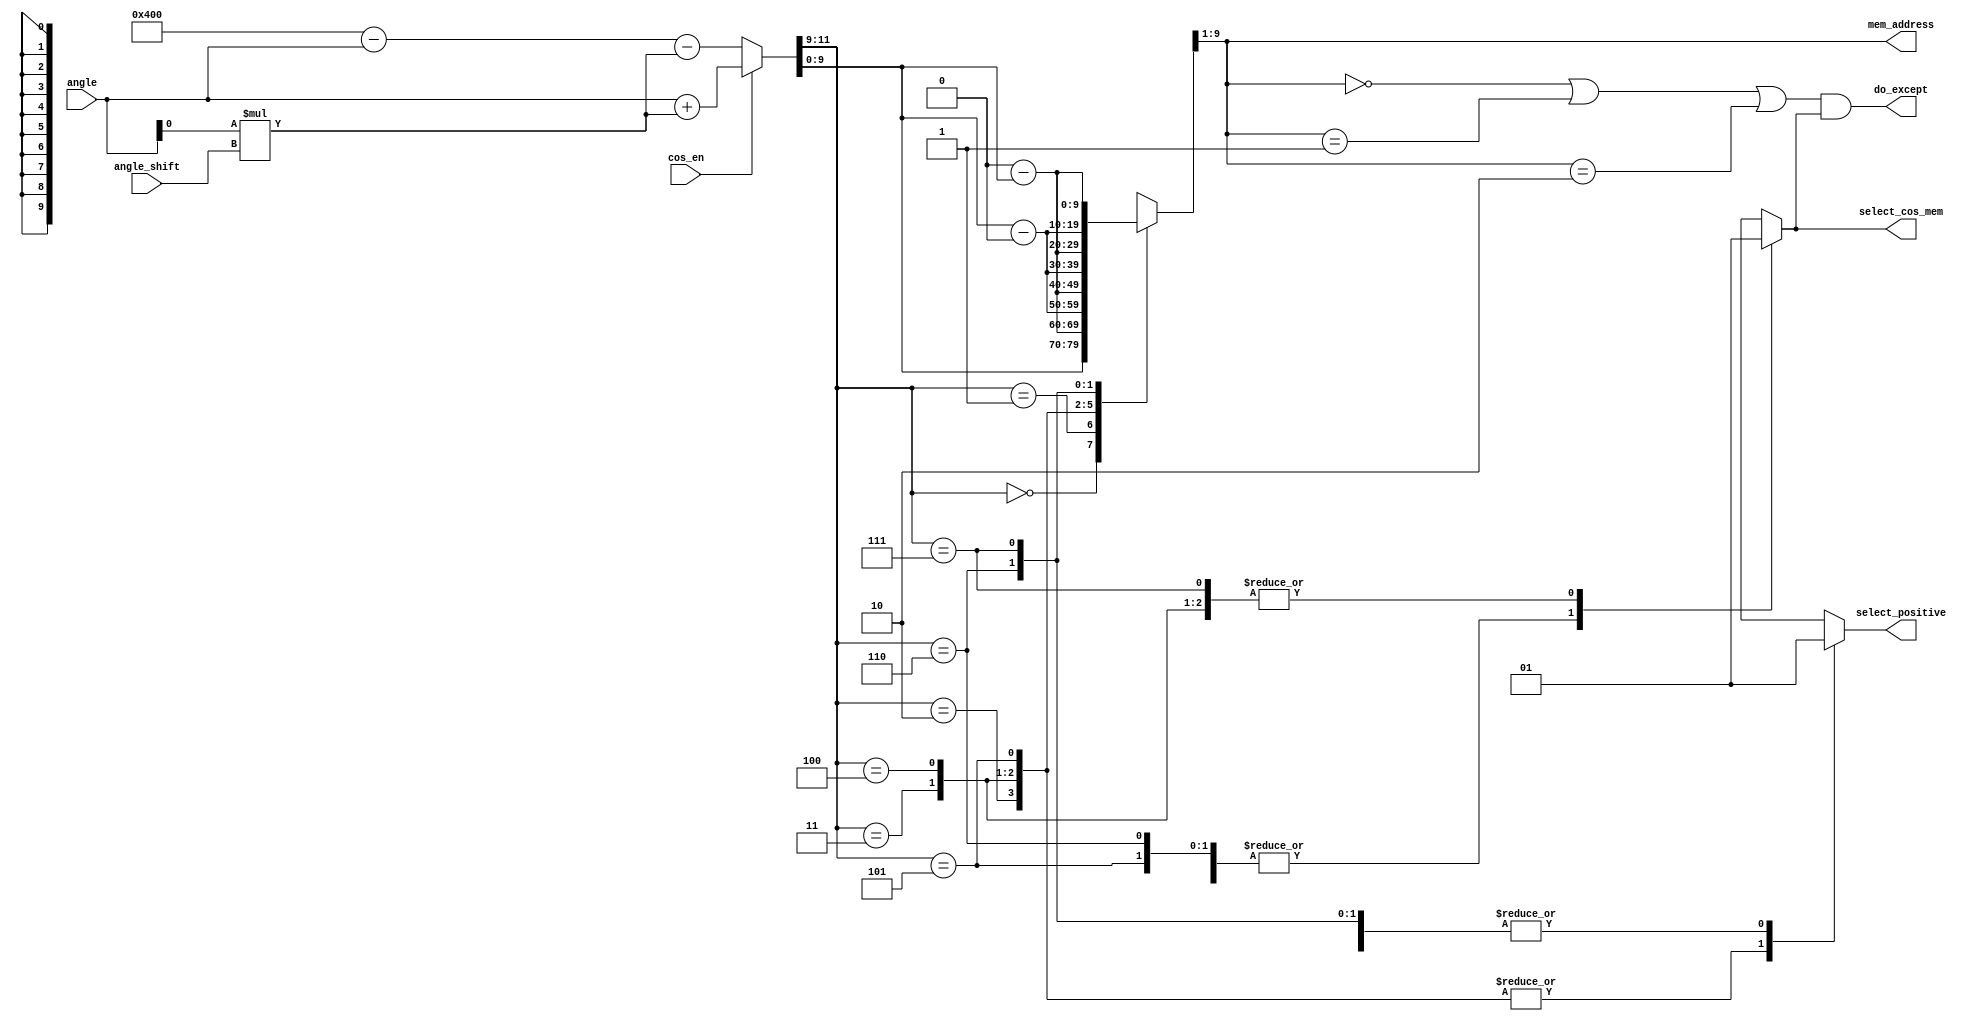
//cos function lookup table
//full precision and [0 .. 45) degrees
`timescale 1ns/10ps

module addr_selector(
    input [11:0] angle,
    input angle_shift,
    input cos_en,
    output reg [8:0] mem_address,
    output reg do_except,
    output reg select_cos_mem,
    output reg select_positive
);

//logic variables
reg [11:0] angle_output, angle_mem_full;

always @(angle or cos_en) begin
    //cos/sin selection for output
    if (cos_en == 1'b1)
        //compute cos(angle)
        angle_output = angle + angle[0]*angle_shift;
    else
        //compute sin(angle) = cos (pi/2 - angle)
        angle_output = 11'b100_0000_0000 - angle - angle[0]*angle_shift;

    //choose cos/sin mem bank
    case (angle_output[11:9])
        3'b000: begin //0 - 45
            angle_mem_full = angle_output;
            select_cos_mem = 1'b1;
            select_positive = 1'b1;
        end
        3'b001: begin //45 - 90
            angle_mem_full = 12'h400 - angle_output;
            select_cos_mem = 1'b0;
            select_positive = 1'b1;
        end
        3'b010: begin //90 - 135
            angle_mem_full = angle_output[9:0] - 12'h400;
            select_cos_mem = 1'b0;
            select_positive = 1'b0;
        end
        3'b011: begin //135 - 180
            angle_mem_full = 12'h800 - angle_output;
            select_cos_mem = 1'b1;
            select_positive = 1'b0;
        end
        3'b100: begin //180 - 225
            angle_mem_full = angle_output - 12'h800;
            select_cos_mem = 1'b1;
            select_positive = 1'b0;
        end
        3'b101: begin //225 - 270
            angle_mem_full = 12'hC00 - angle_output;
            select_cos_mem = 1'b0;
            select_positive = 1'b0;
        end
        3'b110: begin //270 - 315
            angle_mem_full = angle_output - 12'hC00;
            select_cos_mem = 1'b0;
            select_positive = 1'b1;
        end
        3'b111: begin //315 - 360
            angle_mem_full = 13'h1000 - angle_output;
            select_cos_mem = 1'b1;
            select_positive = 1'b1;
        end
    endcase

    //exception (when need to return +1.0)
    mem_address = angle_mem_full[9:1];
    do_except = (mem_address == 10'b00_0000_0000);
    do_except = do_except || (mem_address == 10'b00_0000_0001);
    do_except = do_except || (mem_address == 10'b00_0000_0010);
    //except only work for cos bank near angle 0
    do_except = do_except & select_cos_mem;
end

endmodule

//////////////////////////////////////////////////////////////////

module cos(
    input cos_en,
    input [11:0] angle,
    output reg [15:0] result
);

reg [15:0] result0, result1;
reg [16:0] result2x;
reg [14:0] cos_mem [256:0];
reg [14:0] sin_mem [256:0];

reg [14:0] mem_val0, mem_val1;
wire [8:0] mem_adr0, mem_adr1;
wire select_cos_mem0, select_cos_mem1, select_positive0, select_positive1, except0, except1;

initial begin
    //defaults
    result = 16'b0000_0000_0000_0000;
    mem_val0 = 15'b000_0000_0000_0000;
    mem_val1 = 15'b000_0000_0000_0000;
    //load values to memory;
    cos_mem[9'b000000000] = 15'b000000000000000; sin_mem[9'b000000000] = 15'b000000000000000;
    cos_mem[9'b000000001] = 15'b000000000000000; sin_mem[9'b000000001] = 15'b000000000110010;
    cos_mem[9'b000000010] = 15'b000000000000000; sin_mem[9'b000000010] = 15'b000000001100101;
    cos_mem[9'b000000011] = 15'b011111111111111; sin_mem[9'b000000011] = 15'b000000010010111;
    cos_mem[9'b000000100] = 15'b011111111111111; sin_mem[9'b000000100] = 15'b000000011001001;
    cos_mem[9'b000000101] = 15'b011111111111110; sin_mem[9'b000000101] = 15'b000000011111011;
    cos_mem[9'b000000110] = 15'b011111111111101; sin_mem[9'b000000110] = 15'b000000100101110;
    cos_mem[9'b000000111] = 15'b011111111111100; sin_mem[9'b000000111] = 15'b000000101100000;
    cos_mem[9'b000001000] = 15'b011111111111011; sin_mem[9'b000001000] = 15'b000000110010010;
    cos_mem[9'b000001001] = 15'b011111111111010; sin_mem[9'b000001001] = 15'b000000111000100;
    cos_mem[9'b000001010] = 15'b011111111111000; sin_mem[9'b000001010] = 15'b000000111110111;
    cos_mem[9'b000001011] = 15'b011111111110111; sin_mem[9'b000001011] = 15'b000001000101001;
    cos_mem[9'b000001100] = 15'b011111111110101; sin_mem[9'b000001100] = 15'b000001001011011;
    cos_mem[9'b000001101] = 15'b011111111110011; sin_mem[9'b000001101] = 15'b000001010001101;
    cos_mem[9'b000001110] = 15'b011111111110001; sin_mem[9'b000001110] = 15'b000001011000000;
//cut here ----------------------------------------------------------------------------------
    cos_mem[9'b000001111] = 15'b011111111101111; sin_mem[9'b000001111] = 15'b000001011110010;
    cos_mem[9'b000010000] = 15'b011111111101100; sin_mem[9'b000010000] = 15'b000001100100100;
    cos_mem[9'b000010001] = 15'b011111111101010; sin_mem[9'b000010001] = 15'b000001101010110;
    cos_mem[9'b000010010] = 15'b011111111100111; sin_mem[9'b000010010] = 15'b000001110001000;
    cos_mem[9'b000010011] = 15'b011111111100100; sin_mem[9'b000010011] = 15'b000001110111011;
    cos_mem[9'b000010100] = 15'b011111111100001; sin_mem[9'b000010100] = 15'b000001111101101;
    cos_mem[9'b000010101] = 15'b011111111011110; sin_mem[9'b000010101] = 15'b000010000011111;
    cos_mem[9'b000010110] = 15'b011111111011011; sin_mem[9'b000010110] = 15'b000010001010001;
    cos_mem[9'b000010111] = 15'b011111111010111; sin_mem[9'b000010111] = 15'b000010010000011;
    cos_mem[9'b000011000] = 15'b011111111010100; sin_mem[9'b000011000] = 15'b000010010110101;
    cos_mem[9'b000011001] = 15'b011111111010000; sin_mem[9'b000011001] = 15'b000010011100111;
    cos_mem[9'b000011010] = 15'b011111111001100; sin_mem[9'b000011010] = 15'b000010100011010;
    cos_mem[9'b000011011] = 15'b011111111001000; sin_mem[9'b000011011] = 15'b000010101001100;
    cos_mem[9'b000011100] = 15'b011111111000100; sin_mem[9'b000011100] = 15'b000010101111110;
    cos_mem[9'b000011101] = 15'b011111110111111; sin_mem[9'b000011101] = 15'b000010110110000;
    cos_mem[9'b000011110] = 15'b011111110111011; sin_mem[9'b000011110] = 15'b000010111100010;
    cos_mem[9'b000011111] = 15'b011111110110110; sin_mem[9'b000011111] = 15'b000011000010100;
    cos_mem[9'b000100000] = 15'b011111110110001; sin_mem[9'b000100000] = 15'b000011001000110;
    cos_mem[9'b000100001] = 15'b011111110101100; sin_mem[9'b000100001] = 15'b000011001111000;
    cos_mem[9'b000100010] = 15'b011111110100111; sin_mem[9'b000100010] = 15'b000011010101010;
    cos_mem[9'b000100011] = 15'b011111110100010; sin_mem[9'b000100011] = 15'b000011011011100;
    cos_mem[9'b000100100] = 15'b011111110011100; sin_mem[9'b000100100] = 15'b000011100001110;
    cos_mem[9'b000100101] = 15'b011111110010111; sin_mem[9'b000100101] = 15'b000011101000000;
    cos_mem[9'b000100110] = 15'b011111110010001; sin_mem[9'b000100110] = 15'b000011101110010;
    cos_mem[9'b000100111] = 15'b011111110001011; sin_mem[9'b000100111] = 15'b000011110100100;
    cos_mem[9'b000101000] = 15'b011111110000101; sin_mem[9'b000101000] = 15'b000011111010110;
    cos_mem[9'b000101001] = 15'b011111101111111; sin_mem[9'b000101001] = 15'b000100000000111;
    cos_mem[9'b000101010] = 15'b011111101111000; sin_mem[9'b000101010] = 15'b000100000111001;
    cos_mem[9'b000101011] = 15'b011111101110010; sin_mem[9'b000101011] = 15'b000100001101011;
    cos_mem[9'b000101100] = 15'b011111101101011; sin_mem[9'b000101100] = 15'b000100010011101;
    cos_mem[9'b000101101] = 15'b011111101100100; sin_mem[9'b000101101] = 15'b000100011001111;
    cos_mem[9'b000101110] = 15'b011111101011101; sin_mem[9'b000101110] = 15'b000100100000001;
    cos_mem[9'b000101111] = 15'b011111101010110; sin_mem[9'b000101111] = 15'b000100100110010;
    cos_mem[9'b000110000] = 15'b011111101001111; sin_mem[9'b000110000] = 15'b000100101100100;
    cos_mem[9'b000110001] = 15'b011111101000111; sin_mem[9'b000110001] = 15'b000100110010110;
    cos_mem[9'b000110010] = 15'b011111101000000; sin_mem[9'b000110010] = 15'b000100111000111;
    cos_mem[9'b000110011] = 15'b011111100111000; sin_mem[9'b000110011] = 15'b000100111111001;
    cos_mem[9'b000110100] = 15'b011111100110000; sin_mem[9'b000110100] = 15'b000101000101011;
    cos_mem[9'b000110101] = 15'b011111100101000; sin_mem[9'b000110101] = 15'b000101001011100;
    cos_mem[9'b000110110] = 15'b011111100100000; sin_mem[9'b000110110] = 15'b000101010001110;
    cos_mem[9'b000110111] = 15'b011111100010111; sin_mem[9'b000110111] = 15'b000101011000000;
    cos_mem[9'b000111000] = 15'b011111100001111; sin_mem[9'b000111000] = 15'b000101011110001;
    cos_mem[9'b000111001] = 15'b011111100000110; sin_mem[9'b000111001] = 15'b000101100100011;
    cos_mem[9'b000111010] = 15'b011111011111101; sin_mem[9'b000111010] = 15'b000101101010100;
    cos_mem[9'b000111011] = 15'b011111011110100; sin_mem[9'b000111011] = 15'b000101110000101;
    cos_mem[9'b000111100] = 15'b011111011101011; sin_mem[9'b000111100] = 15'b000101110110111;
    cos_mem[9'b000111101] = 15'b011111011100010; sin_mem[9'b000111101] = 15'b000101111101000;
    cos_mem[9'b000111110] = 15'b011111011011000; sin_mem[9'b000111110] = 15'b000110000011010;
    cos_mem[9'b000111111] = 15'b011111011001111; sin_mem[9'b000111111] = 15'b000110001001011;
    cos_mem[9'b001000000] = 15'b011111011000101; sin_mem[9'b001000000] = 15'b000110001111100;
    cos_mem[9'b001000001] = 15'b011111010111011; sin_mem[9'b001000001] = 15'b000110010101110;
    cos_mem[9'b001000010] = 15'b011111010110001; sin_mem[9'b001000010] = 15'b000110011011111;
    cos_mem[9'b001000011] = 15'b011111010100111; sin_mem[9'b001000011] = 15'b000110100010000;
    cos_mem[9'b001000100] = 15'b011111010011101; sin_mem[9'b001000100] = 15'b000110101000001;
    cos_mem[9'b001000101] = 15'b011111010010010; sin_mem[9'b001000101] = 15'b000110101110010;
    cos_mem[9'b001000110] = 15'b011111010001000; sin_mem[9'b001000110] = 15'b000110110100100;
    cos_mem[9'b001000111] = 15'b011111001111101; sin_mem[9'b001000111] = 15'b000110111010101;
    cos_mem[9'b001001000] = 15'b011111001110010; sin_mem[9'b001001000] = 15'b000111000000110;
    cos_mem[9'b001001001] = 15'b011111001100111; sin_mem[9'b001001001] = 15'b000111000110111;
    cos_mem[9'b001001010] = 15'b011111001011100; sin_mem[9'b001001010] = 15'b000111001101000;
    cos_mem[9'b001001011] = 15'b011111001010000; sin_mem[9'b001001011] = 15'b000111010011001;
    cos_mem[9'b001001100] = 15'b011111001000101; sin_mem[9'b001001100] = 15'b000111011001010;
    cos_mem[9'b001001101] = 15'b011111000111001; sin_mem[9'b001001101] = 15'b000111011111011;
    cos_mem[9'b001001110] = 15'b011111000101101; sin_mem[9'b001001110] = 15'b000111100101011;
    cos_mem[9'b001001111] = 15'b011111000100001; sin_mem[9'b001001111] = 15'b000111101011100;
    cos_mem[9'b001010000] = 15'b011111000010101; sin_mem[9'b001010000] = 15'b000111110001101;
    cos_mem[9'b001010001] = 15'b011111000001001; sin_mem[9'b001010001] = 15'b000111110111110;
    cos_mem[9'b001010010] = 15'b011110111111100; sin_mem[9'b001010010] = 15'b000111111101110;
    cos_mem[9'b001010011] = 15'b011110111110000; sin_mem[9'b001010011] = 15'b001000000011111;
    cos_mem[9'b001010100] = 15'b011110111100011; sin_mem[9'b001010100] = 15'b001000001010000;
    cos_mem[9'b001010101] = 15'b011110111010110; sin_mem[9'b001010101] = 15'b001000010000000;
    cos_mem[9'b001010110] = 15'b011110111001001; sin_mem[9'b001010110] = 15'b001000010110001;
    cos_mem[9'b001010111] = 15'b011110110111100; sin_mem[9'b001010111] = 15'b001000011100001;
    cos_mem[9'b001011000] = 15'b011110110101111; sin_mem[9'b001011000] = 15'b001000100010010;
    cos_mem[9'b001011001] = 15'b011110110100001; sin_mem[9'b001011001] = 15'b001000101000010;
    cos_mem[9'b001011010] = 15'b011110110010011; sin_mem[9'b001011010] = 15'b001000101110011;
    cos_mem[9'b001011011] = 15'b011110110000110; sin_mem[9'b001011011] = 15'b001000110100011;
    cos_mem[9'b001011100] = 15'b011110101111000; sin_mem[9'b001011100] = 15'b001000111010011;
    cos_mem[9'b001011101] = 15'b011110101101010; sin_mem[9'b001011101] = 15'b001001000000100;
    cos_mem[9'b001011110] = 15'b011110101011011; sin_mem[9'b001011110] = 15'b001001000110100;
    cos_mem[9'b001011111] = 15'b011110101001101; sin_mem[9'b001011111] = 15'b001001001100100;
    cos_mem[9'b001100000] = 15'b011110100111111; sin_mem[9'b001100000] = 15'b001001010010100;
    cos_mem[9'b001100001] = 15'b011110100110000; sin_mem[9'b001100001] = 15'b001001011000100;
    cos_mem[9'b001100010] = 15'b011110100100001; sin_mem[9'b001100010] = 15'b001001011110100;
    cos_mem[9'b001100011] = 15'b011110100010010; sin_mem[9'b001100011] = 15'b001001100100100;
    cos_mem[9'b001100100] = 15'b011110100000011; sin_mem[9'b001100100] = 15'b001001101010100;
    cos_mem[9'b001100101] = 15'b011110011110100; sin_mem[9'b001100101] = 15'b001001110000100;
    cos_mem[9'b001100110] = 15'b011110011100100; sin_mem[9'b001100110] = 15'b001001110110100;
    cos_mem[9'b001100111] = 15'b011110011010101; sin_mem[9'b001100111] = 15'b001001111100100;
    cos_mem[9'b001101000] = 15'b011110011000101; sin_mem[9'b001101000] = 15'b001010000010011;
    cos_mem[9'b001101001] = 15'b011110010110101; sin_mem[9'b001101001] = 15'b001010001000011;
    cos_mem[9'b001101010] = 15'b011110010100101; sin_mem[9'b001101010] = 15'b001010001110011;
    cos_mem[9'b001101011] = 15'b011110010010101; sin_mem[9'b001101011] = 15'b001010010100010;
    cos_mem[9'b001101100] = 15'b011110010000101; sin_mem[9'b001101100] = 15'b001010011010010;
    cos_mem[9'b001101101] = 15'b011110001110100; sin_mem[9'b001101101] = 15'b001010100000001;
    cos_mem[9'b001101110] = 15'b011110001100100; sin_mem[9'b001101110] = 15'b001010100110001;
    cos_mem[9'b001101111] = 15'b011110001010011; sin_mem[9'b001101111] = 15'b001010101100000;
    cos_mem[9'b001110000] = 15'b011110001000010; sin_mem[9'b001110000] = 15'b001010110010000;
    cos_mem[9'b001110001] = 15'b011110000110001; sin_mem[9'b001110001] = 15'b001010110111111;
    cos_mem[9'b001110010] = 15'b011110000100000; sin_mem[9'b001110010] = 15'b001010111101110;
    cos_mem[9'b001110011] = 15'b011110000001111; sin_mem[9'b001110011] = 15'b001011000011101;
    cos_mem[9'b001110100] = 15'b011101111111101; sin_mem[9'b001110100] = 15'b001011001001100;
    cos_mem[9'b001110101] = 15'b011101111101100; sin_mem[9'b001110101] = 15'b001011001111100;
    cos_mem[9'b001110110] = 15'b011101111011010; sin_mem[9'b001110110] = 15'b001011010101011;
    cos_mem[9'b001110111] = 15'b011101111001000; sin_mem[9'b001110111] = 15'b001011011011010;
    cos_mem[9'b001111000] = 15'b011101110110110; sin_mem[9'b001111000] = 15'b001011100001001;
    cos_mem[9'b001111001] = 15'b011101110100100; sin_mem[9'b001111001] = 15'b001011100110111;
    cos_mem[9'b001111010] = 15'b011101110010010; sin_mem[9'b001111010] = 15'b001011101100110;
    cos_mem[9'b001111011] = 15'b011101101111111; sin_mem[9'b001111011] = 15'b001011110010101;
    cos_mem[9'b001111100] = 15'b011101101101101; sin_mem[9'b001111100] = 15'b001011111000100;
    cos_mem[9'b001111101] = 15'b011101101011010; sin_mem[9'b001111101] = 15'b001011111110010;
    cos_mem[9'b001111110] = 15'b011101101000111; sin_mem[9'b001111110] = 15'b001100000100001;
    cos_mem[9'b001111111] = 15'b011101100110100; sin_mem[9'b001111111] = 15'b001100001001111;
    cos_mem[9'b010000000] = 15'b011101100100001; sin_mem[9'b010000000] = 15'b001100001111110;
    cos_mem[9'b010000001] = 15'b011101100001110; sin_mem[9'b010000001] = 15'b001100010101100;
    cos_mem[9'b010000010] = 15'b011101011111010; sin_mem[9'b010000010] = 15'b001100011011011;
    cos_mem[9'b010000011] = 15'b011101011100110; sin_mem[9'b010000011] = 15'b001100100001001;
    cos_mem[9'b010000100] = 15'b011101011010011; sin_mem[9'b010000100] = 15'b001100100110111;
    cos_mem[9'b010000101] = 15'b011101010111111; sin_mem[9'b010000101] = 15'b001100101100101;
    cos_mem[9'b010000110] = 15'b011101010101011; sin_mem[9'b010000110] = 15'b001100110010011;
    cos_mem[9'b010000111] = 15'b011101010010111; sin_mem[9'b010000111] = 15'b001100111000001;
    cos_mem[9'b010001000] = 15'b011101010000010; sin_mem[9'b010001000] = 15'b001100111101111;
    cos_mem[9'b010001001] = 15'b011101001101110; sin_mem[9'b010001001] = 15'b001101000011101;
    cos_mem[9'b010001010] = 15'b011101001011001; sin_mem[9'b010001010] = 15'b001101001001011;
    cos_mem[9'b010001011] = 15'b011101001000101; sin_mem[9'b010001011] = 15'b001101001111001;
    cos_mem[9'b010001100] = 15'b011101000110000; sin_mem[9'b010001100] = 15'b001101010100111;
    cos_mem[9'b010001101] = 15'b011101000011011; sin_mem[9'b010001101] = 15'b001101011010100;
    cos_mem[9'b010001110] = 15'b011101000000110; sin_mem[9'b010001110] = 15'b001101100000010;
    cos_mem[9'b010001111] = 15'b011100111110000; sin_mem[9'b010001111] = 15'b001101100110000;
    cos_mem[9'b010010000] = 15'b011100111011011; sin_mem[9'b010010000] = 15'b001101101011101;
    cos_mem[9'b010010001] = 15'b011100111000101; sin_mem[9'b010010001] = 15'b001101110001010;
    cos_mem[9'b010010010] = 15'b011100110110000; sin_mem[9'b010010010] = 15'b001101110111000;
    cos_mem[9'b010010011] = 15'b011100110011010; sin_mem[9'b010010011] = 15'b001101111100101;
    cos_mem[9'b010010100] = 15'b011100110000100; sin_mem[9'b010010100] = 15'b001110000010010;
    cos_mem[9'b010010101] = 15'b011100101101110; sin_mem[9'b010010101] = 15'b001110000111111;
    cos_mem[9'b010010110] = 15'b011100101011000; sin_mem[9'b010010110] = 15'b001110001101100;
    cos_mem[9'b010010111] = 15'b011100101000001; sin_mem[9'b010010111] = 15'b001110010011001;
    cos_mem[9'b010011000] = 15'b011100100101011; sin_mem[9'b010011000] = 15'b001110011000110;
    cos_mem[9'b010011001] = 15'b011100100010100; sin_mem[9'b010011001] = 15'b001110011110011;
    cos_mem[9'b010011010] = 15'b011100011111101; sin_mem[9'b010011010] = 15'b001110100100000;
    cos_mem[9'b010011011] = 15'b011100011100110; sin_mem[9'b010011011] = 15'b001110101001101;
    cos_mem[9'b010011100] = 15'b011100011001111; sin_mem[9'b010011100] = 15'b001110101111001;
    cos_mem[9'b010011101] = 15'b011100010111000; sin_mem[9'b010011101] = 15'b001110110100110;
    cos_mem[9'b010011110] = 15'b011100010100001; sin_mem[9'b010011110] = 15'b001110111010011;
    cos_mem[9'b010011111] = 15'b011100010001001; sin_mem[9'b010011111] = 15'b001110111111111;
    cos_mem[9'b010100000] = 15'b011100001110001; sin_mem[9'b010100000] = 15'b001111000101011;
    cos_mem[9'b010100001] = 15'b011100001011010; sin_mem[9'b010100001] = 15'b001111001011000;
    cos_mem[9'b010100010] = 15'b011100001000010; sin_mem[9'b010100010] = 15'b001111010000100;
    cos_mem[9'b010100011] = 15'b011100000101010; sin_mem[9'b010100011] = 15'b001111010110000;
    cos_mem[9'b010100100] = 15'b011100000010010; sin_mem[9'b010100100] = 15'b001111011011100;
    cos_mem[9'b010100101] = 15'b011011111111001; sin_mem[9'b010100101] = 15'b001111100001000;
    cos_mem[9'b010100110] = 15'b011011111100001; sin_mem[9'b010100110] = 15'b001111100110100;
    cos_mem[9'b010100111] = 15'b011011111001000; sin_mem[9'b010100111] = 15'b001111101100000;
    cos_mem[9'b010101000] = 15'b011011110110000; sin_mem[9'b010101000] = 15'b001111110001100;
    cos_mem[9'b010101001] = 15'b011011110010111; sin_mem[9'b010101001] = 15'b001111110110111;
    cos_mem[9'b010101010] = 15'b011011101111110; sin_mem[9'b010101010] = 15'b001111111100011;
    cos_mem[9'b010101011] = 15'b011011101100101; sin_mem[9'b010101011] = 15'b010000000001111;
    cos_mem[9'b010101100] = 15'b011011101001011; sin_mem[9'b010101100] = 15'b010000000111010;
    cos_mem[9'b010101101] = 15'b011011100110010; sin_mem[9'b010101101] = 15'b010000001100101;
    cos_mem[9'b010101110] = 15'b011011100011000; sin_mem[9'b010101110] = 15'b010000010010001;
    cos_mem[9'b010101111] = 15'b011011011111111; sin_mem[9'b010101111] = 15'b010000010111100;
    cos_mem[9'b010110000] = 15'b011011011100101; sin_mem[9'b010110000] = 15'b010000011100111;
    cos_mem[9'b010110001] = 15'b011011011001011; sin_mem[9'b010110001] = 15'b010000100010010;
    cos_mem[9'b010110010] = 15'b011011010110001; sin_mem[9'b010110010] = 15'b010000100111101;
    cos_mem[9'b010110011] = 15'b011011010010111; sin_mem[9'b010110011] = 15'b010000101101000;
    cos_mem[9'b010110100] = 15'b011011001111101; sin_mem[9'b010110100] = 15'b010000110010011;
    cos_mem[9'b010110101] = 15'b011011001100010; sin_mem[9'b010110101] = 15'b010000110111110;
    cos_mem[9'b010110110] = 15'b011011001001000; sin_mem[9'b010110110] = 15'b010000111101000;
    cos_mem[9'b010110111] = 15'b011011000101101; sin_mem[9'b010110111] = 15'b010001000010011;
    cos_mem[9'b010111000] = 15'b011011000010010; sin_mem[9'b010111000] = 15'b010001000111101;
    cos_mem[9'b010111001] = 15'b011010111110111; sin_mem[9'b010111001] = 15'b010001001101000;
    cos_mem[9'b010111010] = 15'b011010111011100; sin_mem[9'b010111010] = 15'b010001010010010;
    cos_mem[9'b010111011] = 15'b011010111000001; sin_mem[9'b010111011] = 15'b010001010111100;
    cos_mem[9'b010111100] = 15'b011010110100101; sin_mem[9'b010111100] = 15'b010001011100111;
    cos_mem[9'b010111101] = 15'b011010110001010; sin_mem[9'b010111101] = 15'b010001100010001;
    cos_mem[9'b010111110] = 15'b011010101101110; sin_mem[9'b010111110] = 15'b010001100111011;
    cos_mem[9'b010111111] = 15'b011010101010011; sin_mem[9'b010111111] = 15'b010001101100101;
    cos_mem[9'b011000000] = 15'b011010100110111; sin_mem[9'b011000000] = 15'b010001110001110;
    cos_mem[9'b011000001] = 15'b011010100011011; sin_mem[9'b011000001] = 15'b010001110111000;
    cos_mem[9'b011000010] = 15'b011010011111111; sin_mem[9'b011000010] = 15'b010001111100010;
    cos_mem[9'b011000011] = 15'b011010011100010; sin_mem[9'b011000011] = 15'b010010000001011;
    cos_mem[9'b011000100] = 15'b011010011000110; sin_mem[9'b011000100] = 15'b010010000110101;
    cos_mem[9'b011000101] = 15'b011010010101010; sin_mem[9'b011000101] = 15'b010010001011110;
    cos_mem[9'b011000110] = 15'b011010010001101; sin_mem[9'b011000110] = 15'b010010010001000;
    cos_mem[9'b011000111] = 15'b011010001110000; sin_mem[9'b011000111] = 15'b010010010110001;
    cos_mem[9'b011001000] = 15'b011010001010011; sin_mem[9'b011001000] = 15'b010010011011010;
    cos_mem[9'b011001001] = 15'b011010000110110; sin_mem[9'b011001001] = 15'b010010100000011;
    cos_mem[9'b011001010] = 15'b011010000011001; sin_mem[9'b011001010] = 15'b010010100101100;
    cos_mem[9'b011001011] = 15'b011001111111100; sin_mem[9'b011001011] = 15'b010010101010101;
    cos_mem[9'b011001100] = 15'b011001111011111; sin_mem[9'b011001100] = 15'b010010101111110;
    cos_mem[9'b011001101] = 15'b011001111000001; sin_mem[9'b011001101] = 15'b010010110100110;
    cos_mem[9'b011001110] = 15'b011001110100011; sin_mem[9'b011001110] = 15'b010010111001111;
    cos_mem[9'b011001111] = 15'b011001110000110; sin_mem[9'b011001111] = 15'b010010111111000;
    cos_mem[9'b011010000] = 15'b011001101101000; sin_mem[9'b011010000] = 15'b010011000100000;
    cos_mem[9'b011010001] = 15'b011001101001010; sin_mem[9'b011010001] = 15'b010011001001000;
    cos_mem[9'b011010010] = 15'b011001100101100; sin_mem[9'b011010010] = 15'b010011001110001;
    cos_mem[9'b011010011] = 15'b011001100001101; sin_mem[9'b011010011] = 15'b010011010011001;
    cos_mem[9'b011010100] = 15'b011001011101111; sin_mem[9'b011010100] = 15'b010011011000001;
    cos_mem[9'b011010101] = 15'b011001011010000; sin_mem[9'b011010101] = 15'b010011011101001;
    cos_mem[9'b011010110] = 15'b011001010110010; sin_mem[9'b011010110] = 15'b010011100010001;
    cos_mem[9'b011010111] = 15'b011001010010011; sin_mem[9'b011010111] = 15'b010011100111000;
    cos_mem[9'b011011000] = 15'b011001001110100; sin_mem[9'b011011000] = 15'b010011101100000;
    cos_mem[9'b011011001] = 15'b011001001010101; sin_mem[9'b011011001] = 15'b010011110001000;
    cos_mem[9'b011011010] = 15'b011001000110110; sin_mem[9'b011011010] = 15'b010011110101111;
    cos_mem[9'b011011011] = 15'b011001000010111; sin_mem[9'b011011011] = 15'b010011111010110;
    cos_mem[9'b011011100] = 15'b011000111111000; sin_mem[9'b011011100] = 15'b010011111111110;
    cos_mem[9'b011011101] = 15'b011000111011000; sin_mem[9'b011011101] = 15'b010100000100101;
    cos_mem[9'b011011110] = 15'b011000110111001; sin_mem[9'b011011110] = 15'b010100001001100;
    cos_mem[9'b011011111] = 15'b011000110011001; sin_mem[9'b011011111] = 15'b010100001110011;
    cos_mem[9'b011100000] = 15'b011000101111001; sin_mem[9'b011100000] = 15'b010100010011010;
    cos_mem[9'b011100001] = 15'b011000101011001; sin_mem[9'b011100001] = 15'b010100011000001;
    cos_mem[9'b011100010] = 15'b011000100111001; sin_mem[9'b011100010] = 15'b010100011100111;
    cos_mem[9'b011100011] = 15'b011000100011001; sin_mem[9'b011100011] = 15'b010100100001110;
    cos_mem[9'b011100100] = 15'b011000011111001; sin_mem[9'b011100100] = 15'b010100100110101;
    cos_mem[9'b011100101] = 15'b011000011011000; sin_mem[9'b011100101] = 15'b010100101011011;
    cos_mem[9'b011100110] = 15'b011000010111000; sin_mem[9'b011100110] = 15'b010100110000001;
    cos_mem[9'b011100111] = 15'b011000010010111; sin_mem[9'b011100111] = 15'b010100110100111;
    cos_mem[9'b011101000] = 15'b011000001110110; sin_mem[9'b011101000] = 15'b010100111001110;
    cos_mem[9'b011101001] = 15'b011000001010101; sin_mem[9'b011101001] = 15'b010100111110100;
    cos_mem[9'b011101010] = 15'b011000000110100; sin_mem[9'b011101010] = 15'b010101000011010;
    cos_mem[9'b011101011] = 15'b011000000010011; sin_mem[9'b011101011] = 15'b010101000111111;
    cos_mem[9'b011101100] = 15'b010111111110010; sin_mem[9'b011101100] = 15'b010101001100101;
    cos_mem[9'b011101101] = 15'b010111111010000; sin_mem[9'b011101101] = 15'b010101010001011;
    cos_mem[9'b011101110] = 15'b010111110101111; sin_mem[9'b011101110] = 15'b010101010110000;
    cos_mem[9'b011101111] = 15'b010111110001101; sin_mem[9'b011101111] = 15'b010101011010110;
    cos_mem[9'b011110000] = 15'b010111101101100; sin_mem[9'b011110000] = 15'b010101011111011;
    cos_mem[9'b011110001] = 15'b010111101001010; sin_mem[9'b011110001] = 15'b010101100100000;
//cut here ----------------------------------------------------------------------------------
    cos_mem[9'b011110010] = 15'b010111100101000; sin_mem[9'b011110010] = 15'b010101101000101;
    cos_mem[9'b011110011] = 15'b010111100000110; sin_mem[9'b011110011] = 15'b010101101101010;
    cos_mem[9'b011110100] = 15'b010111011100100; sin_mem[9'b011110100] = 15'b010101110001111;
    cos_mem[9'b011110101] = 15'b010111011000010; sin_mem[9'b011110101] = 15'b010101110110100;
    cos_mem[9'b011110110] = 15'b010111010011111; sin_mem[9'b011110110] = 15'b010101111011000;
    cos_mem[9'b011110111] = 15'b010111001111101; sin_mem[9'b011110111] = 15'b010101111111101;
    cos_mem[9'b011111000] = 15'b010111001011010; sin_mem[9'b011111000] = 15'b010110000100001;
    cos_mem[9'b011111001] = 15'b010111000110111; sin_mem[9'b011111001] = 15'b010110001000110;
    cos_mem[9'b011111010] = 15'b010111000010101; sin_mem[9'b011111010] = 15'b010110001101010;
    cos_mem[9'b011111011] = 15'b010110111110010; sin_mem[9'b011111011] = 15'b010110010001110;
    cos_mem[9'b011111100] = 15'b010110111001111; sin_mem[9'b011111100] = 15'b010110010110010;
    cos_mem[9'b011111101] = 15'b010110110101011; sin_mem[9'b011111101] = 15'b010110011010110;
    cos_mem[9'b011111110] = 15'b010110110001000; sin_mem[9'b011111110] = 15'b010110011111010;
    cos_mem[9'b011111111] = 15'b010110101100101; sin_mem[9'b011111111] = 15'b010110100011110;
    cos_mem[9'b100000000] = 15'b010110101000001; sin_mem[9'b100000000] = 15'b010110101000001;
end

//address calculation for bottom value
addr_selector ADS0 (
    .angle (angle),
    .angle_shift (1'b0),
    .cos_en (cos_en),
    .mem_address (mem_adr0),
    .do_except (except0),
    .select_cos_mem (select_cos_mem0),
    .select_positive (select_positive0)
);

//address calculation for upper value
addr_selector ADS1 (
    .angle (angle),
    .angle_shift (1'b1),
    .cos_en (cos_en),
    .mem_address (mem_adr1),
    .do_except (except1),
    .select_cos_mem (select_cos_mem1),
    .select_positive (select_positive1)
);

//calculate upper value
always @(mem_adr1 or mem_adr1 or select_cos_mem1 or select_positive1) begin
    //read memory
    if (select_cos_mem1 == 1'b1) begin
        mem_val1 = cos_mem[mem_adr1];
    end else begin
        mem_val1 = sin_mem[mem_adr1];
    end
    if (select_positive1 == 1'b1) begin
        result1 = {mem_val1[14], mem_val1[14] | except1, mem_val1[13:0]};
    end else begin
        result1 = -{mem_val1[14], mem_val1[14] | except1, mem_val1[13:0]};
    end
end

//calculate bottom value
always @(mem_adr0 or mem_adr0 or select_cos_mem0 or select_positive0) begin
    //read memory
    if (select_cos_mem0 == 1'b1) begin
        mem_val0 = cos_mem[mem_adr0];
    end else begin
        mem_val0 = sin_mem[mem_adr0];
    end
    if (select_positive0 == 1'b1) begin
        result0 = {mem_val0[14], mem_val0[14] | except0, mem_val0[13:0]};
    end else begin
        result0 = -{mem_val0[14], mem_val0[14] | except0, mem_val0[13:0]};
    end
end

//write output
always @(result1 or result0) begin
    result2x = {result1[15], result1} + {result0[15], result0};
    result = result2x[16:1]; //devide by 2
end

endmodule